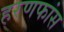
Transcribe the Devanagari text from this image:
हरणफांस